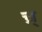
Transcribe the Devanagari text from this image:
च्र्